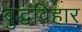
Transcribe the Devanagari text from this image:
बुद्धविहार